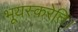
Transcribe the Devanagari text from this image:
भूयस्करेति।